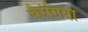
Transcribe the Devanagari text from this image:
चैरंगिया